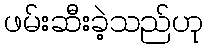
ဖမ်းဆီးခဲ့သည်ဟု